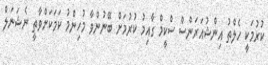
ކުރުމަކީ ހެލްތު އިންޝުއަރަންސް ސްކީމް ގާއިމު ކުރުމަށް ބޭނުންވާ މުހިންމު ކަމަކަށްވާތީ ނެޝަނަލް